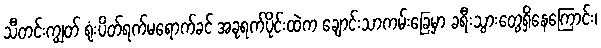
သီတင်းကျွတ် ရုံးပိတ်ရက်မရောက်ခင် အခုရက်ပိုင်းထဲက ချောင်းသာကမ်းခြေမှာ ခရီးသွားတွေရှိနေကြောင်း၊